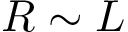
R \sim L